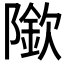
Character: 𨼌